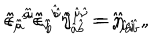
\hat { \epsilon } _ { \hat { \mu } } { } ^ { \hat { a } } \hat { \epsilon } _ { \hat { \nu } } { } ^ { \hat { b } } \hat { \eta } _ { \hat { a } \hat { b } } = \hat { \jmath } _ { \hat { \mu } \hat { \nu } } \, , \hspace { 1 . 5 c m } \hat { \epsilon } _ { \hat { a } } { } ^ { \hat { \mu } } \hat { \epsilon } _ { \hat { b } } { } ^ { \hat { \nu } } \hat { \jmath } ^ { \hat { \mu } \hat { \nu } } = \hat { \eta } _ { \hat { a } \hat { b } } \, ,